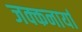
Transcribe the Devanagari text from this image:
जक्कनार्या